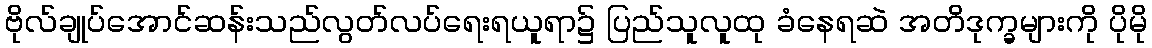
ဗိုလ်ချုပ်အောင်ဆန်းသည်လွတ်လပ်ရေးရယူရာ၌ ပြည်သူလူထု ခံနေရဆဲ အတိဒုက္ခများကို ပိုမို